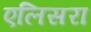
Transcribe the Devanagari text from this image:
एलिसरा